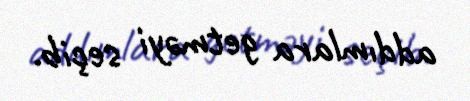
addımlara getməyi seçib.